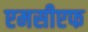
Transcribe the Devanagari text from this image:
एमसीएफ